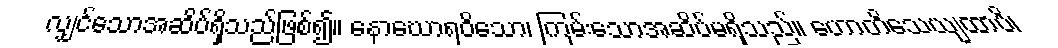
လျှင်သောအဆိပ်ရှိသည်ဖြစ်၍။ နောဃောရဝိသော၊ ကြမ်းသောအဆိပ်မရှိသည်။ ဟောတိသေယျထာပိ၊